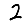
Digit: 2